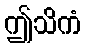
ဤသိကံ